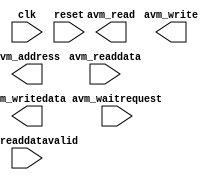
module avalon_mm_sim_block (
	clk,
	reset,
	avm_address,
	avm_readdata,
	avm_writedata,
	avm_waitrequest,
	avm_write,
	avm_read,
	avm_readdatavalid);	

	input		clk;
	input		reset;
	output	[31:0]	avm_address;
	input	[31:0]	avm_readdata;
	output	[31:0]	avm_writedata;
	input		avm_waitrequest;
	output		avm_write;
	output		avm_read;
	input		avm_readdatavalid;
endmodule